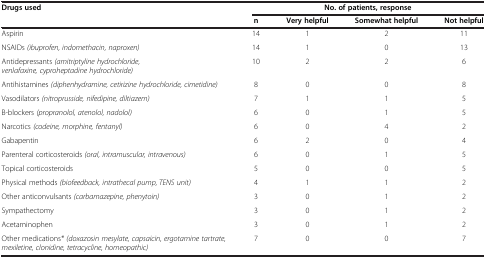
<table><thead><tr><td><b>Drugs used</b></td><td colspan="4"><b>No. of patients, response</b></td></tr><tr><td><b> </b></td><td><b>n</b></td><td><b>Very helpful</b></td><td><b>Somewhat helpful</b></td><td><b>Not helpful</b></td></tr></thead><tbody><tr><td>Aspirin</td><td>14</td><td>1</td><td>2</td><td>11</td></tr><tr><td>NSAIDs <i>(ibuprofen, indomethacin, naproxen)</i></td><td>14</td><td>1</td><td>0</td><td>13</td></tr><tr><td>Antidepressants <i>(amitriptyline hydrochloride, venlafaxine, cyproheptadine hydrochloride)</i></td><td>10</td><td>2</td><td>2</td><td>6</td></tr><tr><td>Antihistamines <i>(diphenhydramine, cetirizine hydrochloride, cimetidine)</i></td><td>8</td><td>0</td><td>0</td><td>8</td></tr><tr><td>Vasodilators <i>(nitroprusside, nifedipine, diltiazem)</i></td><td>7</td><td>1</td><td>1</td><td>5</td></tr><tr><td>Β-blockers <i>(propranolol, atenolol, nadolol)</i></td><td>6</td><td>0</td><td>1</td><td>5</td></tr><tr><td>Narcotics <i>(codeine, morphine, fentanyl)</i></td><td>6</td><td>0</td><td>4</td><td>2</td></tr><tr><td>Gabapentin</td><td>6</td><td>2</td><td>0</td><td>4</td></tr><tr><td>Parenteral corticosteroids <i>(oral, intramuscular, intravenous)</i></td><td>6</td><td>0</td><td>1</td><td>5</td></tr><tr><td>Topical corticosteroids</td><td>5</td><td>0</td><td>0</td><td>5</td></tr><tr><td>Physical methods <i>(biofeedback, intrathecal pump, TENS unit)</i></td><td>4</td><td>1</td><td>1</td><td>2</td></tr><tr><td>Other anticonvulsants <i>(carbamazepine, phenytoin)</i></td><td>3</td><td>0</td><td>1</td><td>2</td></tr><tr><td>Sympathectomy</td><td>3</td><td>0</td><td>1</td><td>2</td></tr><tr><td>Acetaminophen</td><td>3</td><td>0</td><td>1</td><td>2</td></tr><tr><td>Other medications<i>* (doxazosin mesylate, capsaicin, ergotamine tartrate, mexiletine, clonidine, tetracycline, homeopathic)</i></td><td>7</td><td>0</td><td>0</td><td>7</td></tr></tbody></table>